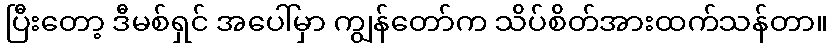
ပြီးတော့ ဒီမစ်ရှင် အပေါ်မှာ ကျွန်တော်က သိပ်စိတ်အားထက်သန်တာ။